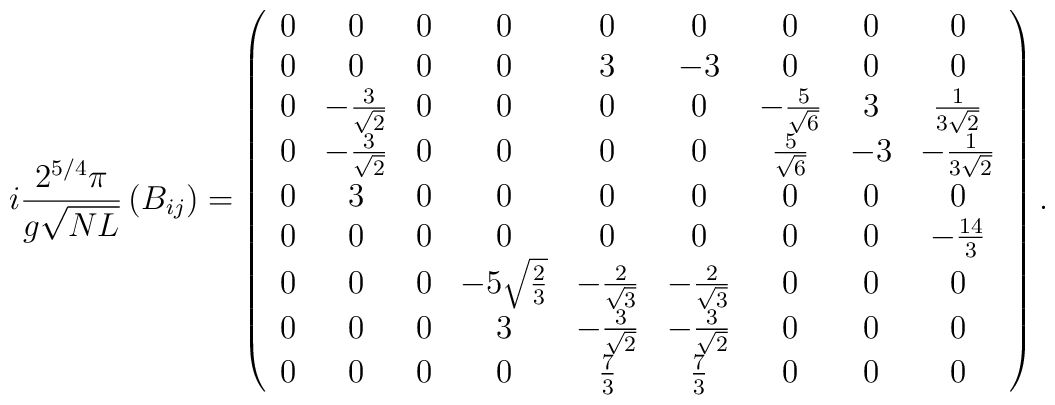
i\frac{ 2^{5/4}\pi}{g\sqrt{NL}}\left(B_{ij}\right) = \left(\begin{array}{ccccccccc}0&0&0&0&0&0&0&0&0 \\0&0&0&0&3&-3&0&0&0 \\0&-{3 \over \sqrt{2}}&0&0&0&0&-{5 \over \sqrt{6}}&3&{1 \over 3\sqrt{2}} \\0&-{3 \over \sqrt{2}}&0&0&0&0&{5 \over \sqrt{6}}&-3&-{1 \over 3\sqrt{2}} \\0&3&0&0&0&0&0&0&0 \\0&0&0&0&0&0&0&0&-{14 \over 3} \\0&0&0&-5\sqrt{\frac{2}{3}}&-{2 \over \sqrt{3}}&-{2 \over \sqrt{3}}&0&0&0 \\0&0&0&3&-{3 \over \sqrt{2}}&-{3 \over \sqrt{2}}&0&0&0 \\0&0&0&0&{7 \over 3}&{7 \over 3}&0&0&0 \\\end{array}\right) .